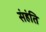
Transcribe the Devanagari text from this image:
संहंति